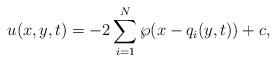
LaTeX: \begin{align*}u(x,y,t)=-2\sum_{i=1}^N\wp(x-q_i(y,t))+c,\end{align*}